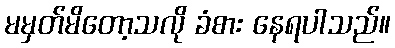
မမှတ်မိတော့သလို ခံစား နေရပါသည်။